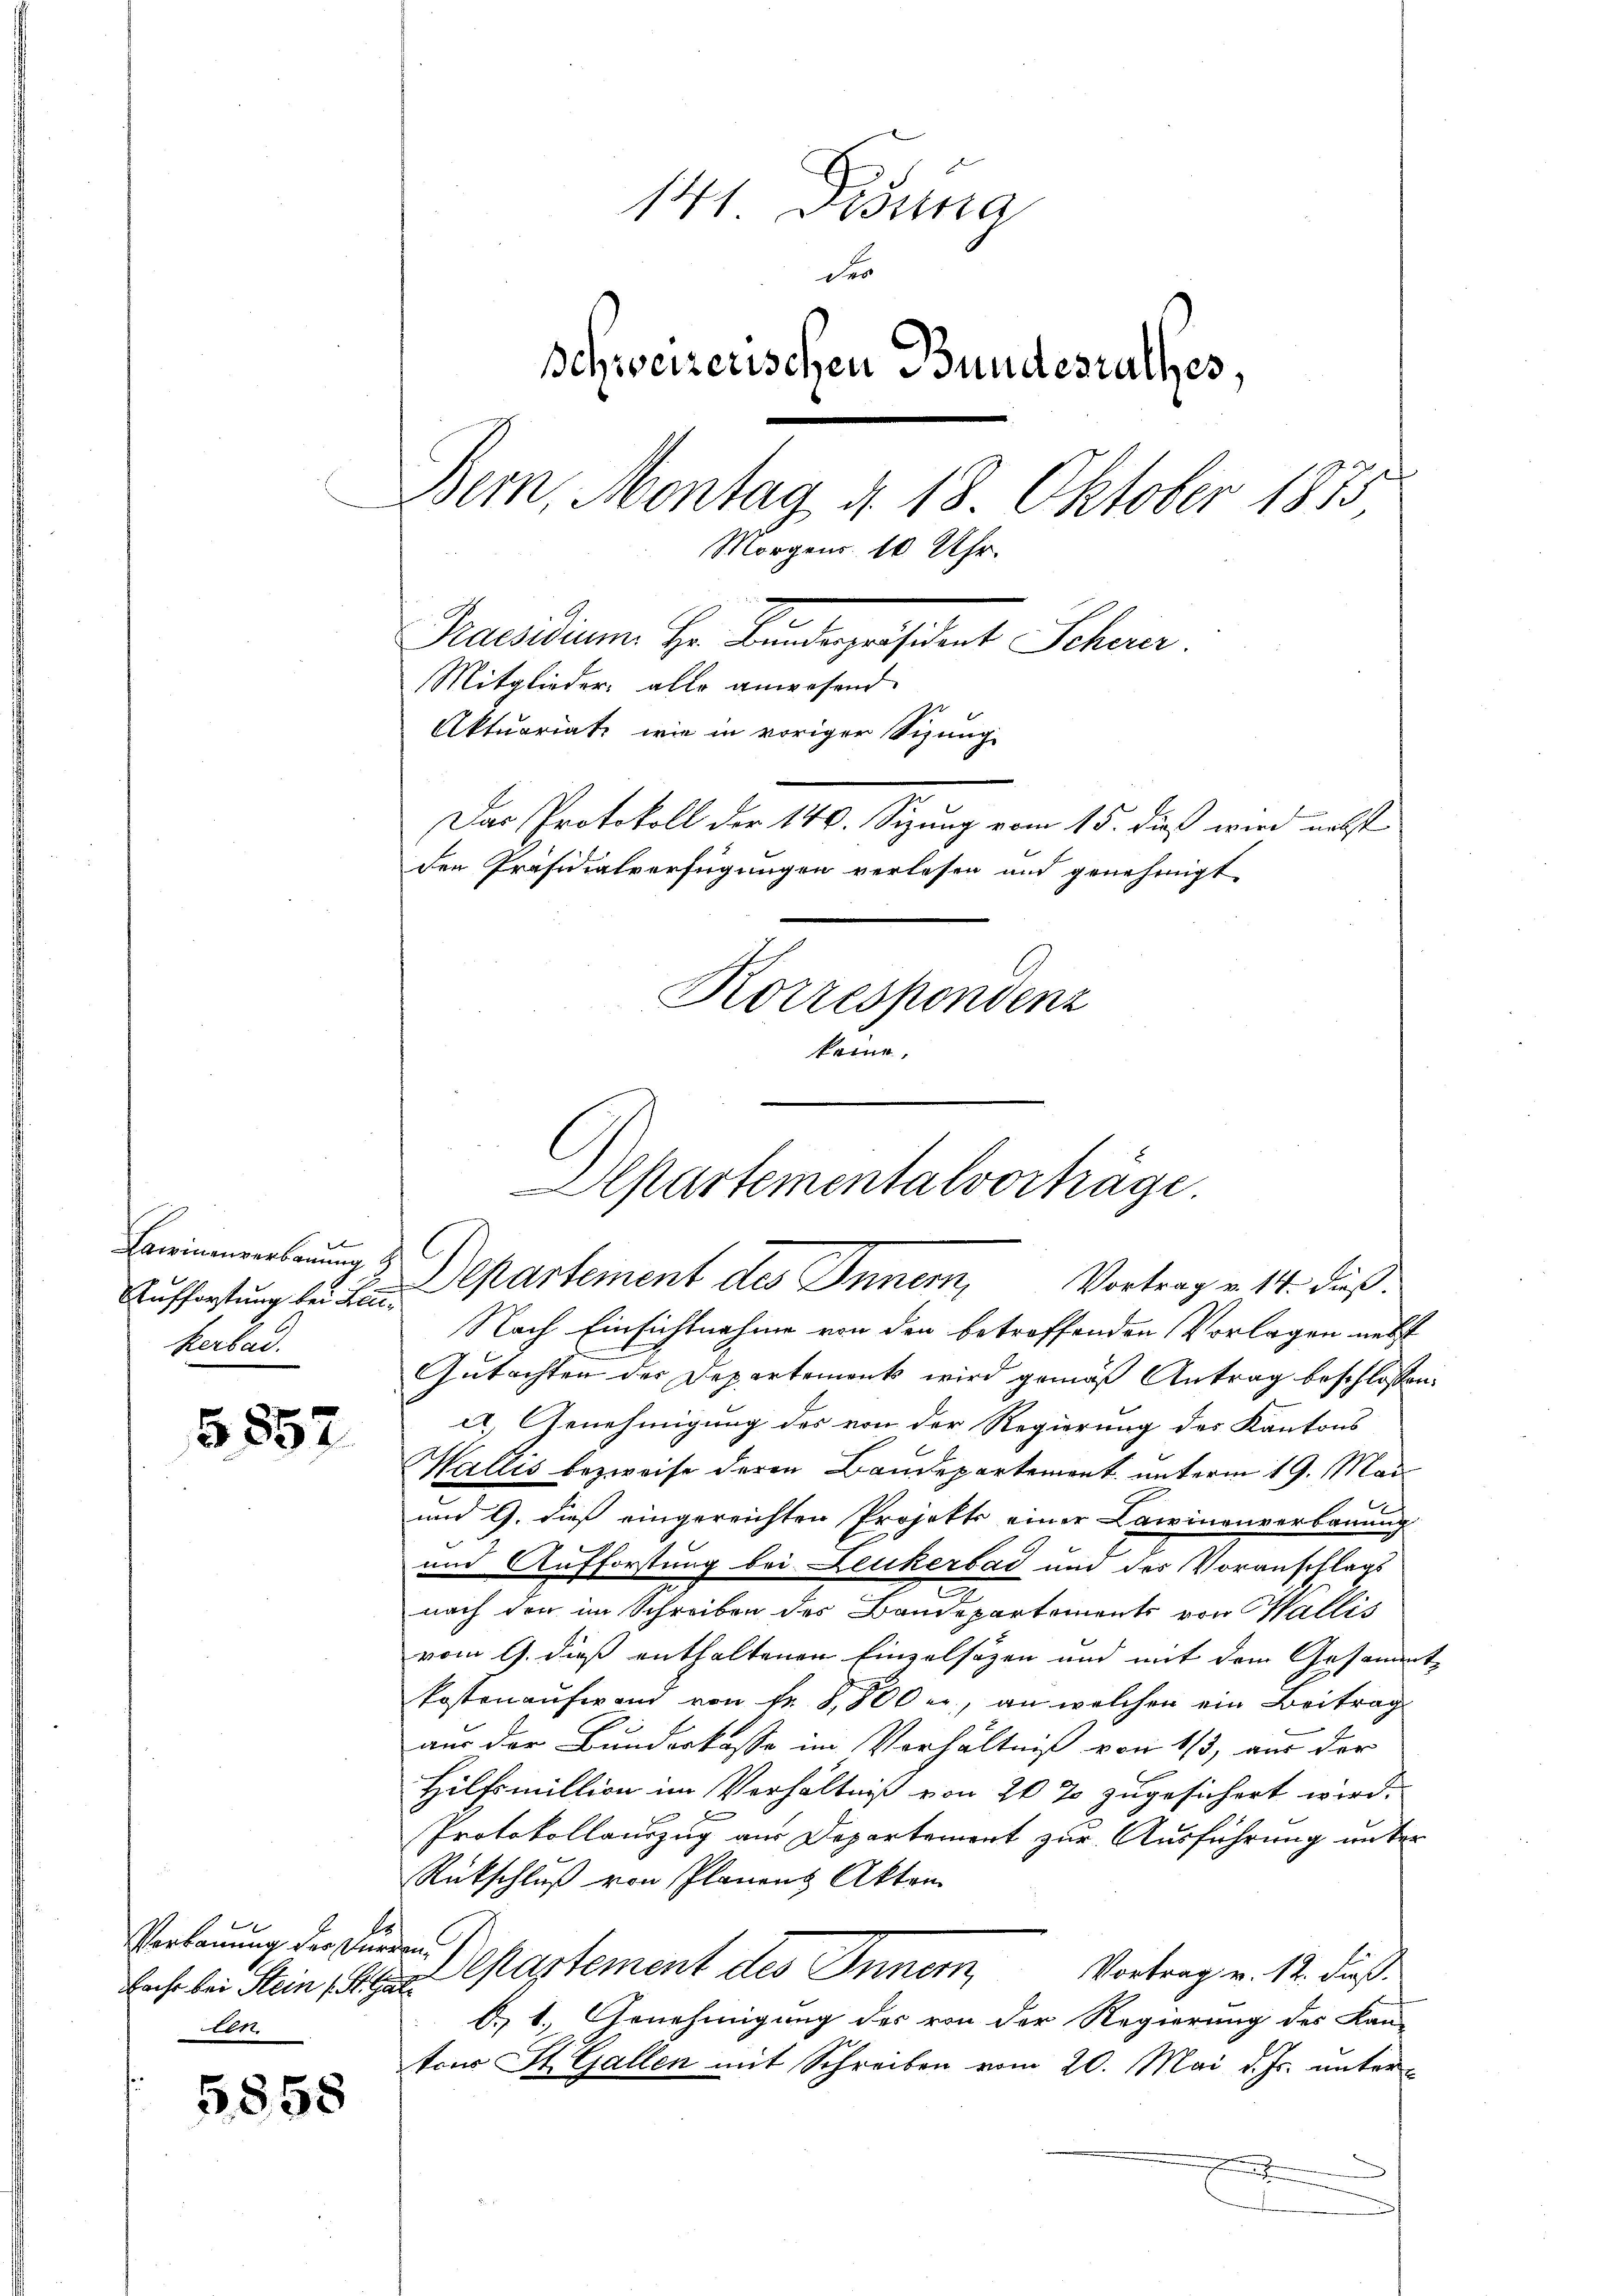
Aufforstung bei Leukerbad.

5,852

Verkannung des Furrenen

5858

141. Disung
des
schweizerischen Bundesrathes,
Bem, Montag d. 18. Oktober 1855
Morgens 10 Uhr.
Praesidium. Hr. Landergeident Schen.
Mitglieder, alle anwesend
Aktuariati, wie in voriger Sitzung
Das Protokoll der 140. Sizung vom 15. dieß wird nebst
den Präsidialverfügungen verlesen und genehmigt
Korrespondenz
keine.

Alpartementalvorträge.
Laminalanum 3. Departement des Innern, Vortrag v. 14. dieß.

Nach Einsichtnahme von den betroffenden Vorlagen nebst
Gutachten der Departemont wird gemäß Antrag beschlossen:
c.) Genehmigung des von der Regierung des Kantons
Wallis bezweife deren Baudepartemont. unterm 19. Mai
¬
und 9. dieß eingereichten Projekte einer Lawinenverbauung
und Aufforstung bei Leukerbad und des Voranschlags
.
nach der im Schreiben des Bandepartements von Wallis
vom 9. dieß enthaltenen Einzelsäzen und mit dem Gesammtkostenaufwand von Fr. 8,800 er, an welchen ein Beitrag
aus der Bunderkasse im Verhältniß von 1/3, aus der
Hilfsmillion im Verhältniß von 20 % zugesichert wird.
Protokollauszug aus Departemont zur Ausführung unter
Rückschluß von Planens Akten.
E
Vortrag v. 12. dieß.
Ens bei Sein pleno partement des Inner,
A 1.) Annehmigung des von der Regierung des Kan-
tons St. Gallen mit Schreiben vom 20. Mai d. Js. unter¬
.